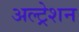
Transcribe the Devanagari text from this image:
अल्ट्रेशन